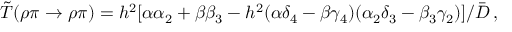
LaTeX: \tilde { T } ( \rho \pi \to \rho \pi ) = h ^ { 2 } [ \alpha \alpha _ { 2 } + \beta \beta _ { 3 } - h ^ { 2 } ( \alpha \delta _ { 4 } - \beta \gamma _ { 4 } ) ( \alpha _ { 2 } \delta _ { 3 } - \beta _ { 3 } \gamma _ { 2 } ) ] / \bar { D } \, ,